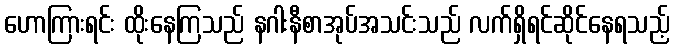
ဟောကြားရင်း ထိုးနေကြသည် နဂါးနီစာအုပ်အသင်းသည် လက်ရှိရင်ဆိုင်နေရသည့်